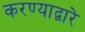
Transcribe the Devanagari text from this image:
करण्याद्वारे